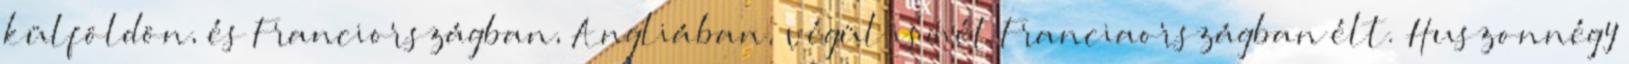
külföldön, és Franciországban, Angliában, végül ismét Franciaországban élt. Huszonnégy